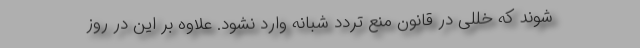
شوند که خللی در قانون منع تردد شبانه وارد نشود. علاوه بر این در روز